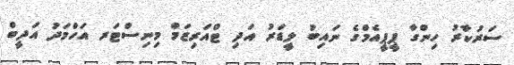
ސަރުކާރު ހިންގާ ޕީޕީއެމްގެ ނައިބު ލީޑަރު އަދި ޓްއަރިޒަމް މިނިސްޓަރ އަހްމަދު އަދީބް